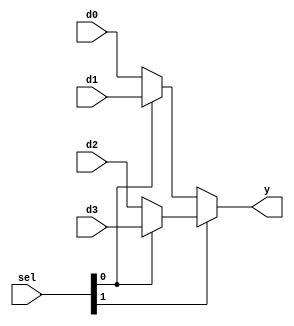
// data selector
// 4:1 multiplexer (4-bit)

module Mux4(
    input [3:0] d0,d1,d2,d3,
    input [1:0] sel,
    output [3:0] y
    );
    
    assign y = sel[1] ? (sel[0] ? d3 : d2) : (sel[0] ? d1 : d0);
    
endmodule